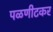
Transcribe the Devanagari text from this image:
पळणीटकर